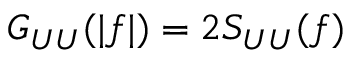
G _ { U U } ( | f | ) = 2 S _ { U U } ( f )